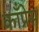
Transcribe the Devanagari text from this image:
काँप्रेस